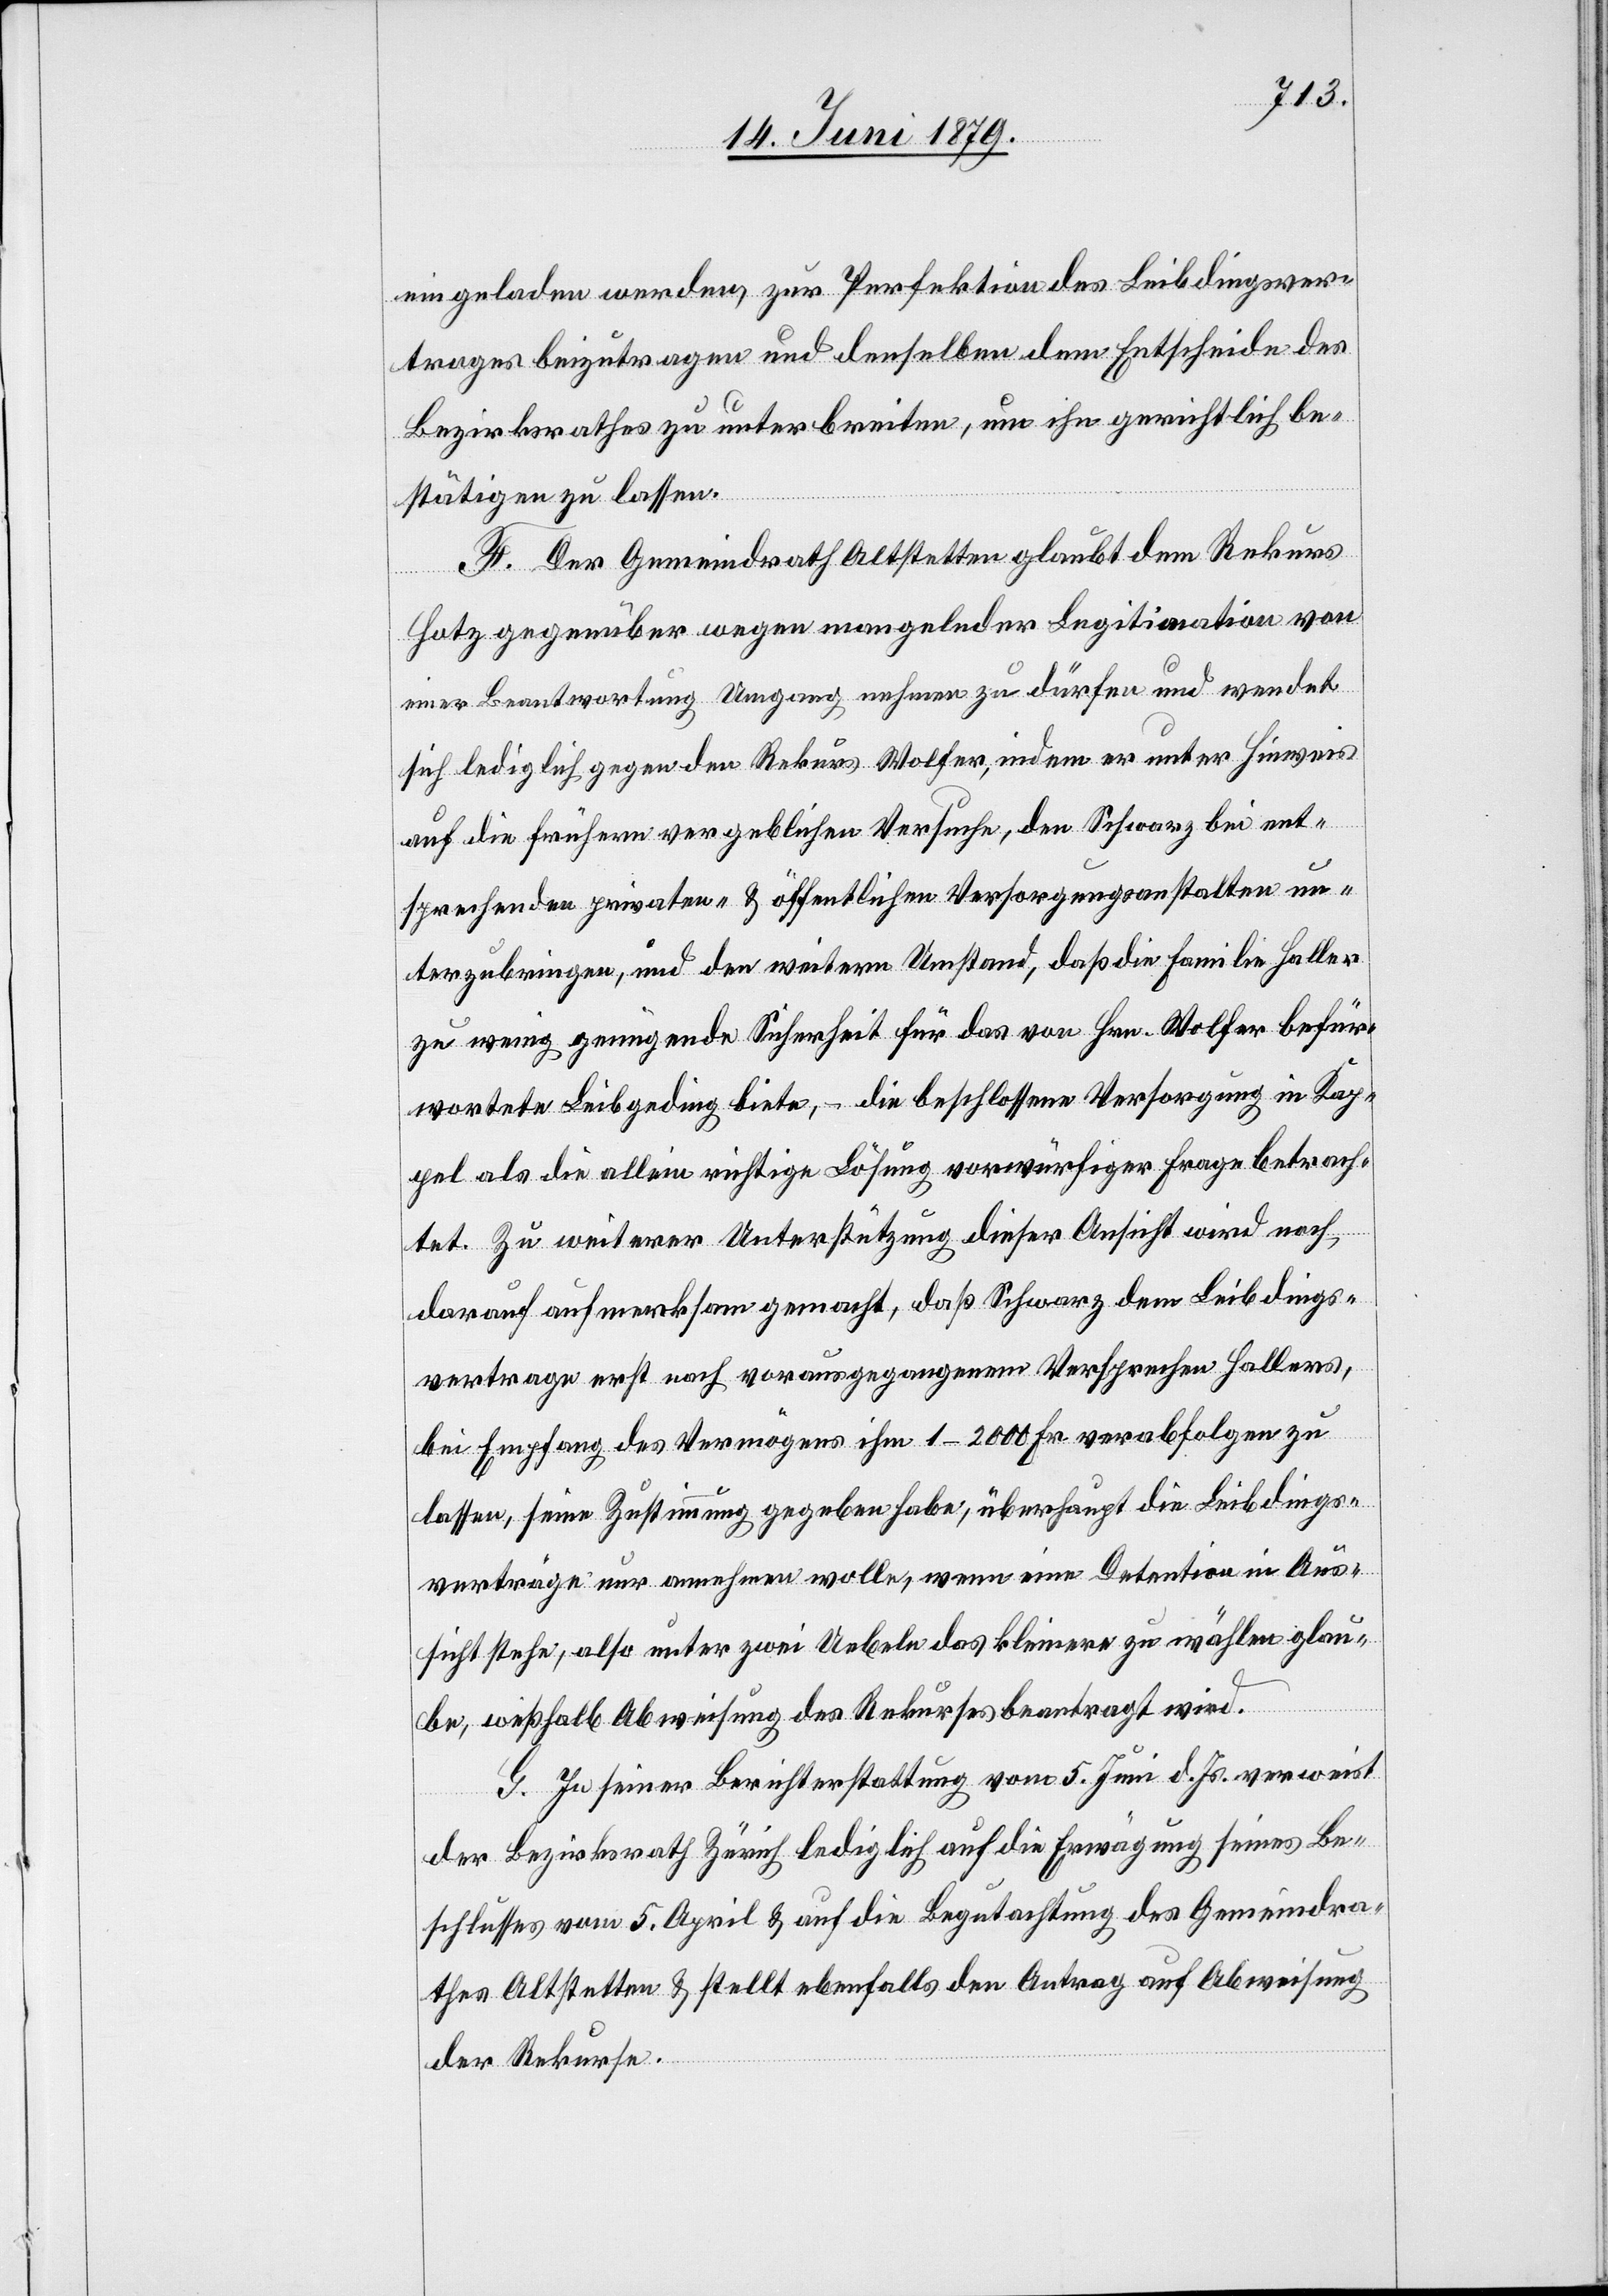
eingeladen werden, zur Perfektion des Leibdingsver¬
trages beizutragen und denselben dem Entscheide des
Bezirksrathes zu unterbreiten, um ihn gerichtlich be¬
stätigen zu lassen.
F. Der Gemeindrath Altstetten glaubt dem Rekurs
Hotz gegenüber wegen mangelnder Legitimation von
einer Beantwortung Umgang nehmen zu dürfen und wendet
sich lediglich gegen den Rekurs Wolfer, indem er unter Hinweis
auf die frühern vergeblichen Versuche, den Schwarz bei ent¬
sprechenden privaten- [sic!] & öffentlichen Versorgungsanstalten un¬
terzubringen, und den weitern Umstand, daß die Familie Haller
zu wenig genügende Sicherheit für das von Hrn. Wolfer befür¬
wortete Leibgeding biete, – die beschlossene Versorgung in Kap¬
pel als die allein richtige Lösung vorwürfiger Frage betrach¬
tet. Zu weiterer Unterstützung dieser Ansicht wird noch
darauf aufmerksam gemacht, daß Schwarz dem Leibdings¬
vertrage erst nach vorausgegangenem Versprechen Hallers,
bei Empfang des Vermögens ihm 1–2000 Fr. verabfolgen zu
lassen, seine Zustimmung gegeben habe, überhaupt die Leibdings¬
verträge nur annehmen wolle, wenn eine Detention in Aus¬
sicht stehe, also unter zwei Uebeln das kleinere zu wählen glau¬
be, weßhalb Abweichung des Rekurses beantragt wird.
G. In seiner Berichterstattung vom 5. Juni d. Js. verweist
der Bezirksrath Zürich lediglich auf die Erwägung seines Be¬
schlusses vom 5. April & auf die Begutachtung des Gemeindra¬
thes Altstetten & stellt ebenfalls den Antrag auf Abweisung
der Rekurse.